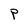
Character: P